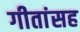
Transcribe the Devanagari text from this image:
गीतांसह